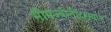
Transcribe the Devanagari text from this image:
भीमज्योतीदरम्यान